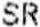
SR